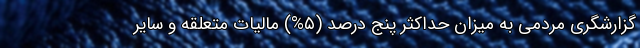
گزارشگری مردمی به میزان حداکثر پنج درصد (۵%) مالیات متعلقه و سایر